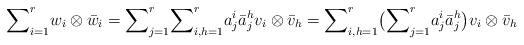
LaTeX: \begin{align*}{\sum}_{i=1}^r{w_i\otimes\bar{w}_i}&={\sum}_{j=1}^r {\sum}_{i,h=1}^r{a}_j^{i}\bar{a}_j^{h} v_i\otimes\bar{v}_h = {\sum}_{i,h=1}^r\big({\sum}_{j=1}^r{a}_j^{i}\bar{a}_j^{h}\big) v_i\otimes\bar{v}_h\end{align*}